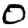
Digit: 0